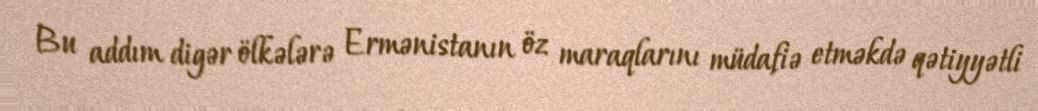
Bu addım digər ölkələrə Ermənistanın öz maraqlarını müdafiə etməkdə qətiyyətli